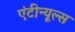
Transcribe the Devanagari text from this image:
एंटीन्यूल्स